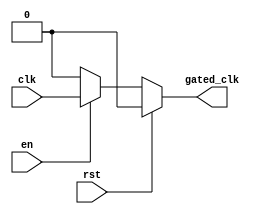
module clock_gating_buffer (
    input wire clk,      // Primary clock signal
    input wire en,       // Enable signal
    input wire rst,      // Asynchronous reset signal
    output reg gated_clk  // Gated clock output
);

// Asynchronous reset and clock gating logic
always @(*) begin
    if (rst) begin
        gated_clk = 1'b0; // When reset is asserted, hold gated_clk low
    end else if (en) begin
        gated_clk = clk;   // When enabled, pass the clock through
    end else begin
        gated_clk = 1'b0;  // When not enabled, hold gated_clk low
    end
end

endmodule